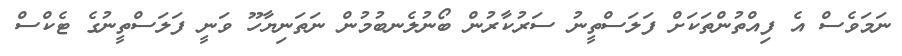
ނަމަވެސް އެ ފިއްތުންތަކަށް ފަލަސްތީނު ސަރުކާރުން ބޯނުލެނބުމުން ނަތަނިޔާހޫ ވަނީ ފަލަސްތީނުގެ ޓެކްސް